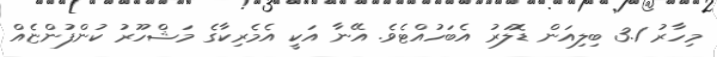
މިހާރު 3.1 ބިލިއަން ޑޮލަރު އެބަހުއްޓެވެ. އޭނާ އަކީ އެމެރިކާގެ މަޝްހޫރު ކުންފުންޏެއް